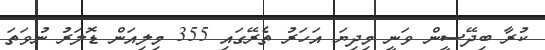
ކުރާ ބިދޭސީން ވަނީ މިދިޔަ އަހަރު ތެރޭގައި 355 މިލިއަން ޑޮލަރު ނުވަތަ